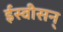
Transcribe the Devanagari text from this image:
ईस्वीसन्